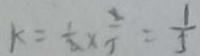
k = \frac { 1 } { 2 } \times \frac { 2 } { 5 } = \frac { 1 } { 5 }